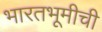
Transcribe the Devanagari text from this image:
भारतभूमीची